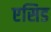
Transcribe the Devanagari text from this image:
एसिड